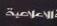
الاعلاعبة